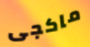
ماكجى